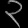
Digit: ၃